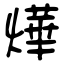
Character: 燁